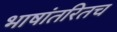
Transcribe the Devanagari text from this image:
भाषांतरितच